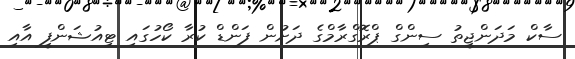
ސާކް މަދަންޖީތު ސިންގް ޕްރޮގްރާމްގެ ދަށުން ފަންޑް ކުރާ ކޯހުގައި ޓިއުޝަންފީ އާއި